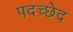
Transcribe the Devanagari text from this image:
पदच्‍छेद